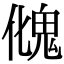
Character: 𩲏